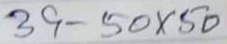
39 - 50 x 50